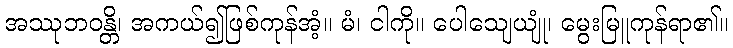
အဿုဘဝန္တိ၊ အကယ်၍ဖြစ်ကုန်အံ့။ မံ၊ ငါကို။ ပေါသျေယျုံ၊ မွေးမြူကုန်ရာ၏။